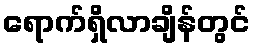
ရောက်ရှိလာချိန်တွင်